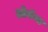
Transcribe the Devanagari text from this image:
ओमॅगा